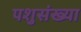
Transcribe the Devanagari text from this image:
पशुसंख्या